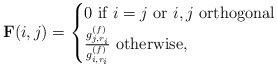
\begin{align*} {\bf{F}}(i,j) =\begin{cases}0 \mbox{ if $i= j$ or $i,j$ orthogonal} \\\frac{g^{(f)}_{j, r_i}}{g^{(f)}_{i, r_i}} \mbox{ otherwise},\end{cases}\end{align*}